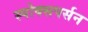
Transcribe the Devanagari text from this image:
स्पोक्सपर्सन